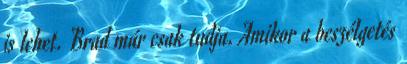
is lehet. Brad már csak tudja. Amikor a beszélgetés